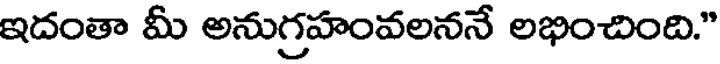
ఇదంతా మీ అనుగ్రహంవలననే లభించింది."